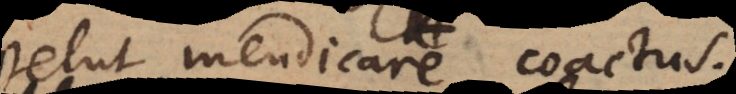
velut mendicare coactus:).